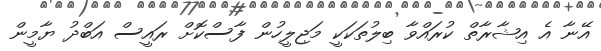
އޭނާ އެ އިޝާރާތް ކުރައްވާ ބިލުތަކަކީ މަޖިލީހުން ފާސްކޮށް ރައީސް އަބްދު ޔާމީން